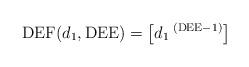
LaTeX: \begin{align*}\mathrm{DEF}(d_1,\mathrm{DEE}) = \left[d_1\:^{\left(\mathrm{DEE-1}\right)}\right]\end{align*}